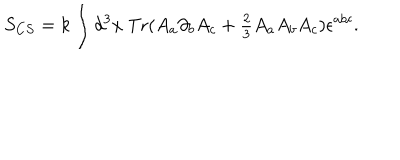
S _ { C S } = k \int d ^ { 3 } x \ \mathrm { T r } ( A _ { a } \partial _ { b } A _ { c } + { \textstyle { \frac { 2 } { 3 } } } A _ { a } A _ { b } A _ { c } ) \epsilon ^ { a b c } .